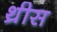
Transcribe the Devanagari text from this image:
थ्रीस